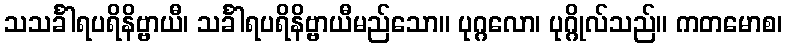
သသင်္ခါရပရိနိဗ္ဗာယီ၊ သင်္ခါရပရိနိဗ္ဗာယီမည်သော။ ပုဂ္ဂလော၊ ပုဂ္ဂိုလ်သည်။ ကတမောစ၊